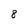
Character: 8